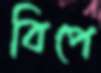
বিপে